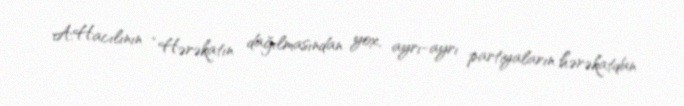
A.Hacılının “Hərəkatın dağılmasından yox, ayrı-ayrı partiyaların hərəkatdan